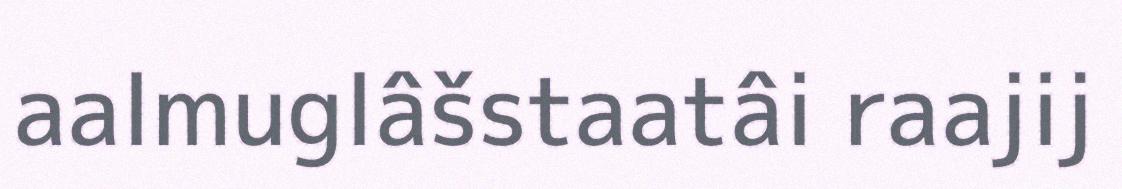
aalmuglâšstaatâi raajij